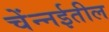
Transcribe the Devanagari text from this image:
चेंन्नईतील